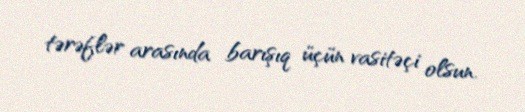
tərəflər arasında barışıq üçün vasitəçi olsun.